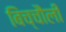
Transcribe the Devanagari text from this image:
बिच्चौली